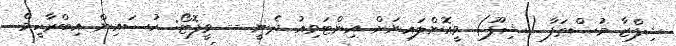
ޝިފްޒާ މުސްޠަފާ (ޝިފޫ) ވީއޮންލައިނަށް އިންޓަވިއު ދެނީ -- ވީފޮޓޯ: ހުސައިން އިބްރާހީމް